Report of the Indian Hemp Drugs Commission, 1894-1895 - Volume III
Year: 1894
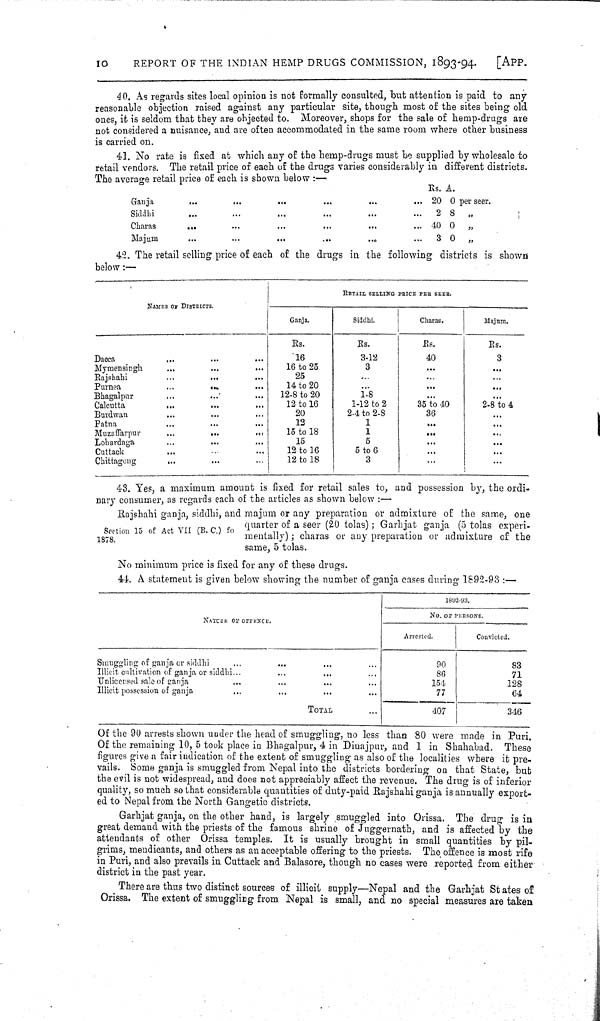
10
REPORT OF THE INDIAN HEMP DRUGS COMMISSION, 1893-94.
[APP.
40. As regards sites local opinion is not formally consulted, but attention is paid to any
reasonable objection raised against any particular site, though most of the sites being old
ones, it is seldom that they are objected to. Moreover, shops for the sale of hemp-drugs are
not considered a nuisance, and are often accommodated in the same room where other business
is carried on.
41. No rate is fixed at which any of the hemp-drugs must be supplied by wholesale to
retail vendors. The retail price of each of the drugs varies considerably in different districts.
The average retail price of each is shown below:—
Rs. A.
Ganja
20 0 per seer.
Siddhi
2 8 "
Charas
40 0 "
Majum
3 0 "
42. The retail selling price of each of the drugs in the following districts is shown
below:—
NAMES OF DISTRICTS.
RETAIL SELLING PRICE PER SEER.
NAMES OF DISTRICTS.
Ganja.
Siddhi.
Charas.
Majum.
Rs.
Rs.
Rs.
Rs.
Dacca
16
3-12
40
3
Mymensingh
16 to 25
3
Rajshahi
25
Purnea
14 to 20
Bhagalpur
12-8 to 20
1-8
Calcutta
12 to 16
1-12 to 2
35 to 40
2-8 to 4
Burdwan
20
2-4 to 2-8
36
Patna
12
1
Muzaffarpur
15 to 18
1
Lohardaga
15
5
Cuttack
12 to 16
5 to 6
Chittagong
12 to 18
3
Section 15 of Act VII (B. C.) fo
1878.
43. Yes, a maximum amount is fixed for retail sales to, and possession by, the ordi-
nary consumer, as regards each of the articles as shown below:—
Rajshahi ganja, siddhi, and majum or any preparation or admixture of the same, one
quarter of a seer (20 tolas); Garhjat ganja (5 tolas experi-
mentally); charas or any preparation or admixture of the
same, 5 tolas.
No minimum price is fixed for any of these drugs.
44. A statement is given below showing the number of ganja cases during 1892-93:—
NATURE OF OFFENCE.
1892-93.
NATURE OF OFFENCE.
NO. OF PERSONS.
NATURE OF OFFENCE.
Arrested.
Convicted.
Smuggling of ganja or siddhi
90
83
Illicit cultivation of ganja or siddhi
86
71
Unlicensed sale of ganja
154
128
Illicit possession of ganja
77
64
TOTAL
407
346
Of the 90 arrests shown under the head of smuggling, no less than 80 were made in Puri.
Of the remaining 10, 5 took place in Bhagalpur, 4 in Dinajpur, and 1 in Shahabad. These
figures give a fair indication of the extent of smuggling as also of the localities where it pre-
vails. Some ganja is smuggled from Nepal into the districts bordering on that State, but
the evil is not widespread, and does not appreciably affect the revenue. The drug is of inferior
quality, so much so that considerable quantities of duty-paid Rajshahi ganja is annually export-
ed to Nepal from the North Gangetic districts.
Garhjat ganja, on the other hand, is largely smuggled into Orissa. The drug is in
great demand with the priests of the famous shrine of Juggernath, and is affected by the
attendants of other Orissa temples. It is usually brought in small quantities by pil-
grims, mendicants, and others as an acceptable offering to the priests. The offence is most rife
in Puri, and also prevails in Cuttack and Balasore, though no cases were reported from either
district in the past year.
There are thus two distinct sources of illicit supply—Nepal and the Garhjat States of
Orissa. The extent of smuggling from Nepal is small, and no special measures are taken